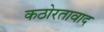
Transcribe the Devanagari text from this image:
कठोरतावाद